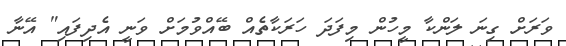
ވަރަށް ގިނަ ލަންކާ މީހުން މިފަދަ ހަރަކާތެއް ބޭއްވުމަށް ވަނީ އެދިފައި" އޭނާ